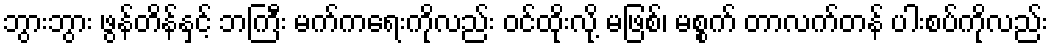
ဘွားဘွား ဖွန်တိန်နှင့် ဘကြီး မက်ကရေးကိုလည်း ဝင်ထိုးလို့ မဖြစ်၊ မစ္စက် တာလက်တန် ပါးစပ်ကိုလည်း